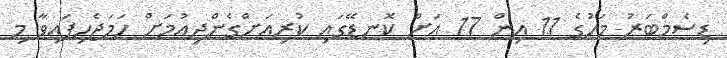
ޑިސެމްބަރު މަހުގެ 11 އިން 17 އަށް ކޮނޑޭގައި ކުރިއަށްގެންދިއުމަށް ހަމަޖެހިފައިވާ މި